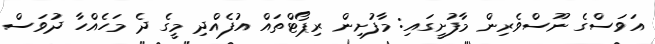
އަވަސްގެ ނޫސްވެރިން މާފުށީގައި: މާފުށިން ރިޕޯޓްތައް އުފެއްދި މީގެ ދެ މަހެއްހާ ދުވަސް